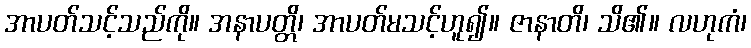
အာပတ်သင့်သည်ကို။ အနာပတ္တိ၊ အာပတ်မသင့်ဟူ၍။ ဇာနာတိ၊ သိ၏။ လဟုကံ၊